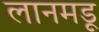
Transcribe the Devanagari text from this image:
लानमडू